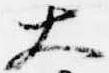
大